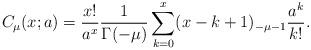
LaTeX: \begin{align*}C_\mu(x;a)={x!\over a^x}{1\over\Gamma(-\mu)}\sum_{k=0}^x(x-k+1)_{-\mu-1}{a^k\over k!}.\end{align*}